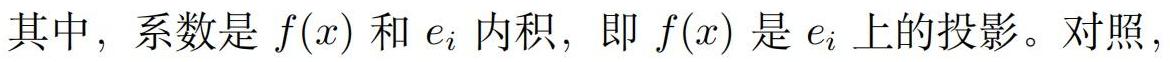
其中，系数是 $f(x)$ 和 $e_i$ 内积，即 $f(x)$ 是 $e_i$ 上的投影。对照，